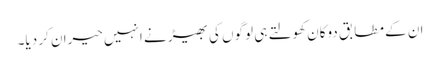
ان کے مطابق دوکان کھولتے ہی لوگوں کی بھیڑ نے انہیں حیران کر دیا۔